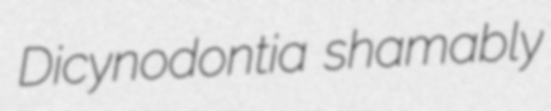
Dicynodontia shamably